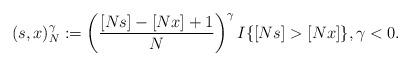
LaTeX: \begin{align*}(s,x)_N^{\gamma}:= \left(\frac{[Ns]-[Nx]+1}{N}\right)^\gamma I\{[Ns]>[Nx]\},\gamma<0.\end{align*}